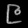
Digit: ၉